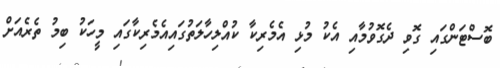
ބޮސްޓަންގައި ގޮވި ދެގޮވުމާއި އެކު މުޅި އެމެރިކާ ކުއްލިހާލަތުގައިއެމެރިކާގައި މީހަކު ބިމު ތެރެއަށް